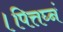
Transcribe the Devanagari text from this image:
।पित्तघ्नं